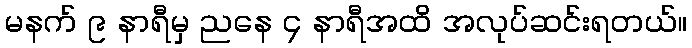
မနက် ၉ နာရီမှ ညနေ ၄ နာရီအထိ အလုပ်ဆင်းရတယ်။